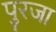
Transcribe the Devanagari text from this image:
पुरजा